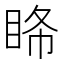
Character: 𥅹